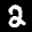
Label: 2